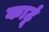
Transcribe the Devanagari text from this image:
काटूं